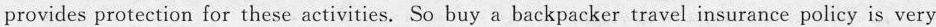
provides protection for these activities. So buy a backpacker travel insurance policy is very